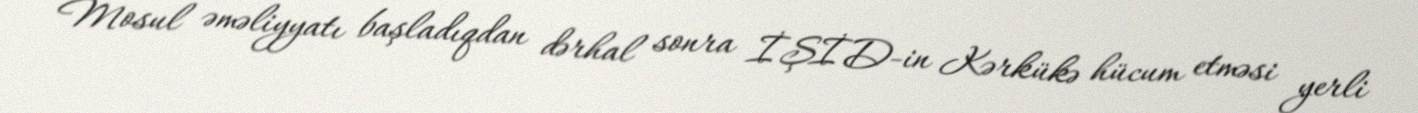
Mosul əməliyyatı başladıqdan dərhal sonra İŞİD-in Kərkükə hücum etməsi yerli